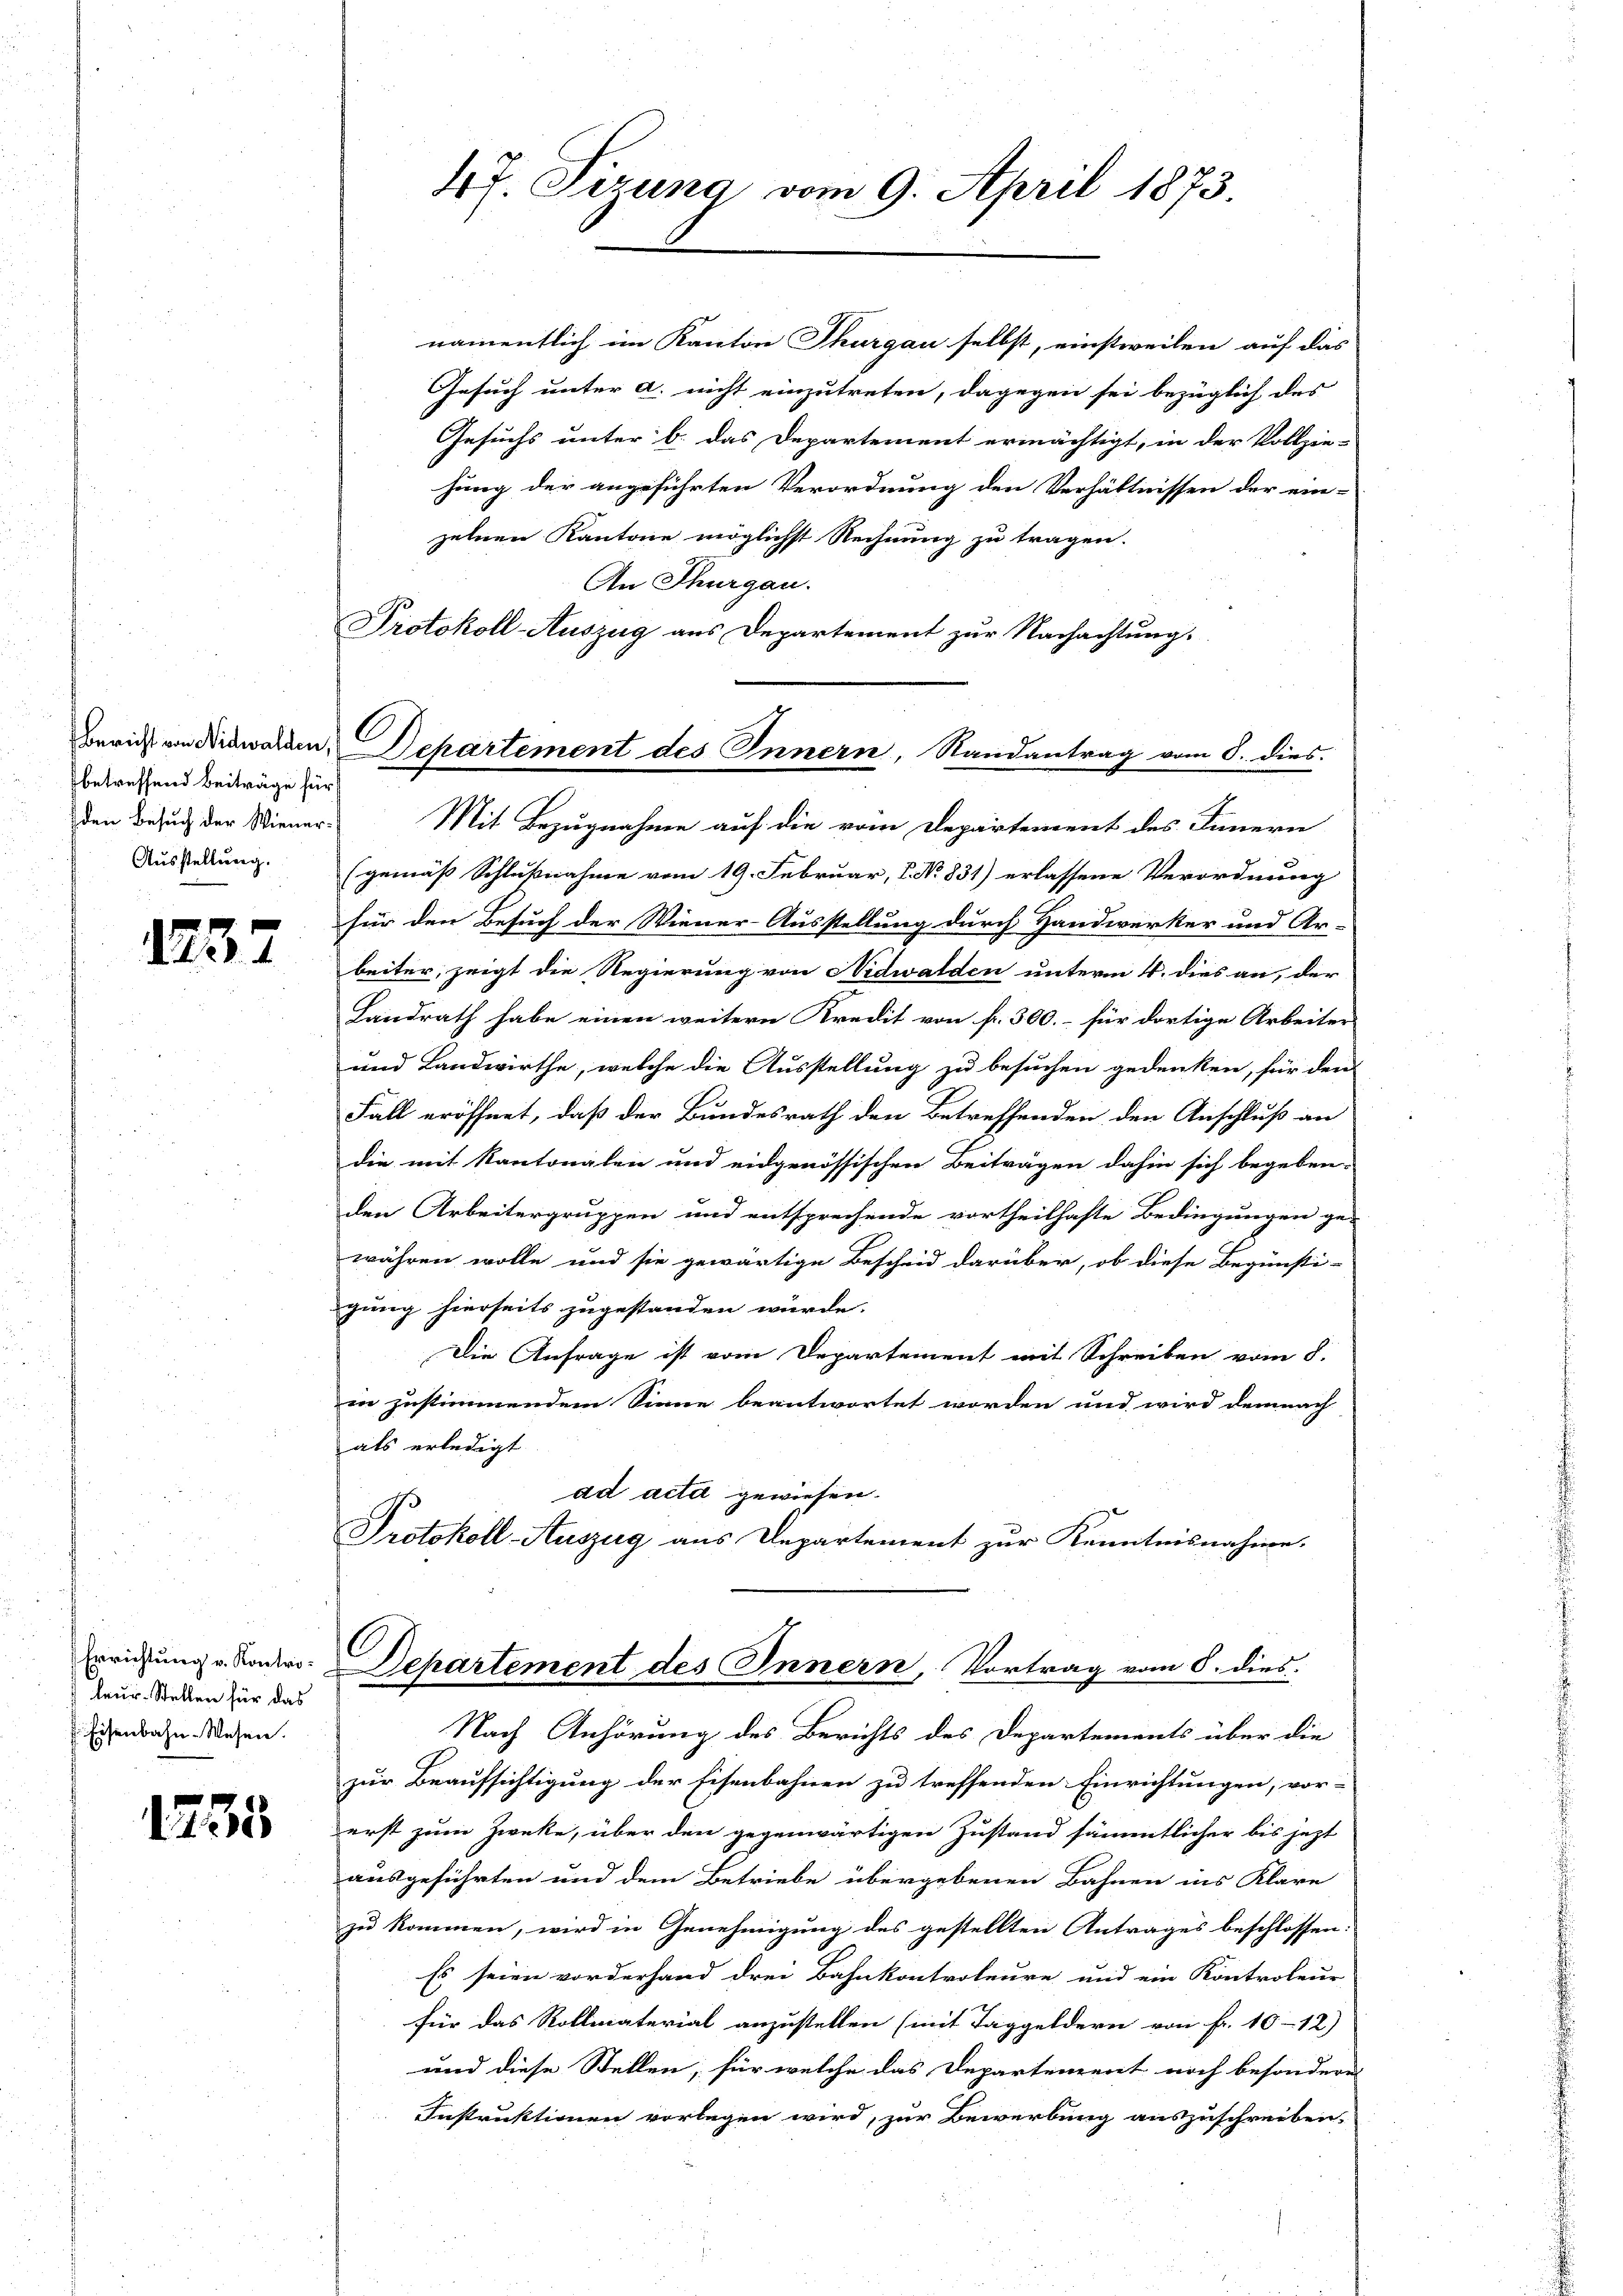
betreffend Beiträge für
den Besuch der Wiener¬
Ausstellung.

1237

Errichtung v. Kontroleur. Stellen für das
Eisenbahn-Wesen.

1255

47. Sizung vom 9. April 1873.

namentlich im Kanton Thurgau selbst, einstweilen auf das
Gesuch unter a. nicht einzutreten, dagegen sei bezüglich des
Gesuchs unter b. das Departement ermächtigt, in der Vollzie-
hung der angeführten Verordnung den Verhältnissen der ein-
zelnen Kantone möglichst Rechnung zu tragen.
An Thurgau.
Protokoll-Auszug aus Departement zur Nachachtung.

l
Bericht von Nidwalden, Departement des Innern, Randantrag vom 8. dies

Mit Bezugnahme auf die vom Departement des Innern
(gemäß Schlußnahme vom 19. Februar, 1. No. 831) erlassene Verordnung
für den Besuch der Wiener-Ausstellung durch Handwerker und Ar-
beiter, zeigt die Regierung von Nidwalden unterm 4. dies an, der
Landrath habe einen weitern Kredit von fr. 300.- für dortige Arbeiter
und Landwirthe, welche die Ausstellung zu besuchen gedenken, für den
Fall eröffnet, daß der Bundesrath den Betreffenden den Anschluß an
die mit Kantonalen und eidgenössischen Beiträgen dahin sich begeben-
den Arbeitergruppen und entsprechende vortheilhafte Bedingungen ge-
währen wolle und sie gewärtige Bescheid darüber, ob diese Begünsti-
gung hierseits zugestanden würde.
Die Anfrage ist vom Departement mit Schreiben vom 8.
in zustimmendem Sinne beantwortet worden und wird demnach
als erledigt
ad acter gewiesen.
Protokoll-Auszug aus Departement zur Kenntnisnahme.
Departement des Innern, Vortrag vom 6. dies
Nach Anhörung des Berichts des Departements über die
zur Beaufsichtigung der Eisenbahnen zu treffenden Einrichtungen, vor-
erst zum Zwecke, über den gegenwärtigen Zustand sämmtlicher bis jezt
ausgeführten und dem Betriebe übergebenen Bahnen ins Klare
zu kommen, wird in Genehmigung des gestellten Antrages beschlossen.
Es seien vorderhand drei Bahnkontroleure und ein Kontroleur
für das Rollmaterial anzustellen (mit Taggeldern von fr. 10-12)
und diese Stellen, für welche das Departement noch besondere
Instruktionen vorlegen wird, zur Bewerbung auszuschreiben.